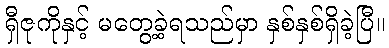
ရှီဇုကိုနှင့် မတွေ့ခဲ့ရသည်မှာ နှစ်နှစ်ရှိခဲ့ပြီ။